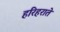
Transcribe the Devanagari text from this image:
हरिहराते